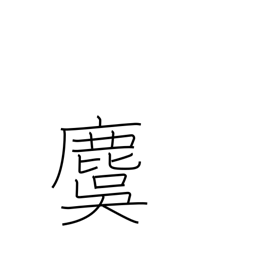
Meaning: stag